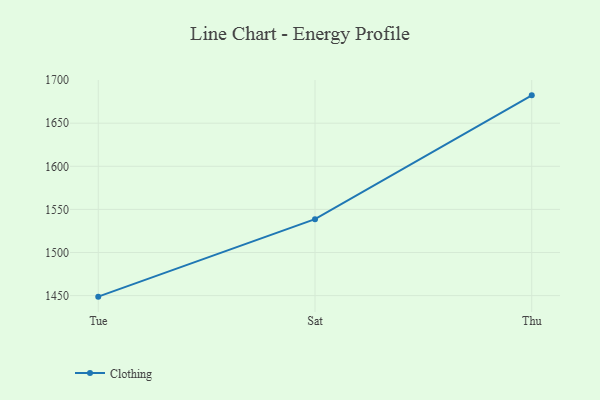
{"axis": {"x": "Day", "y": "Humidity (%)"}, "legend": ["Clothing"], "data": [{"x": "Tue", "y": 1448.8, "type": "Clothing"}, {"x": "Sat", "y": 1538.7, "type": "Clothing"}, {"x": "Thu", "y": 1682.3, "type": "Clothing"}]}